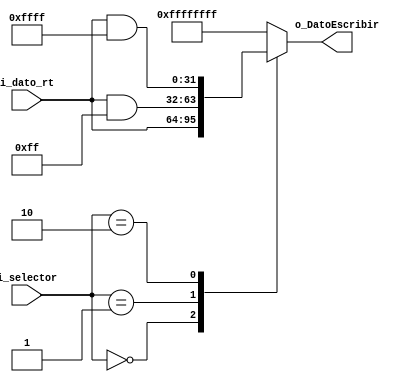
`timescale 1ns / 1ps

//00: complete word
//01: SB -> para un byte
//10: SH -> para media palabra

module Filtro_Store
    #(
        parameter   NBITS           =   32,
        parameter   TNBITS          =   2   
    )
    (
        input   wire    [NBITS-1    :0]     i_dato_rt, // REG[rt]
        input   wire    [TNBITS-1   :0]     i_selector, // selector dependiendo la instruccin SB / SH / OTRA
        output  wire    [NBITS-1    :0]     o_DatoEscribir // dato para ser escrito en memoria           
    );
    
    reg [NBITS-1    :0] DatoEscribir;

    
    always @(*)
    begin : selector
            case(i_selector)
                2'b00       :       
                                    DatoEscribir   <=   i_dato_rt; // rt sin modifiaciones: memory[base+offset] <- rt 
                2'b01    :        
                                    DatoEscribir   <=   i_dato_rt & 32'b00000000_00000000_00000000_11111111;    // para instrucciones sb:  memory[base+offset] <- rt
                2'b10    :
                                    DatoEscribir   <=   i_dato_rt & 32'b00000000_00000000_11111111_11111111;    // para instrucciones sh:  memory[base+offset] <- rt
                default     :   
                                    DatoEscribir   <=   -1;
            endcase
    end

    assign o_DatoEscribir =    DatoEscribir;


endmodule